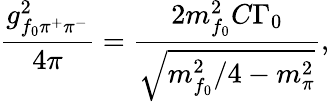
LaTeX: \frac{g_{f_{0}\pi^{+}\pi^{-}}^{2}}{4\pi}=\frac{2m_{f_{0}}^{2}C\Gamma_{0}}{\sqrt{m_{f_{0}}^{2}/4-m_{\pi}^{2}}},